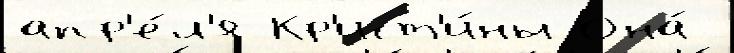
апр'е́л'я Кр'ист'и́ны Она́